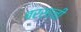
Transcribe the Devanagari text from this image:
बरसानी